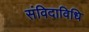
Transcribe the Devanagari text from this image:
संविदाविधि